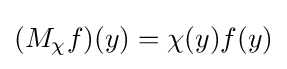
(M_{\chi }f)(y)=\chi (y)f(y)